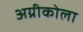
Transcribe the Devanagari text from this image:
अग्रीकोला